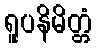
ရူပနိမိတ္တံ